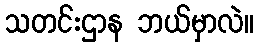
သတင်းဌာန ဘယ်မှာလဲ။